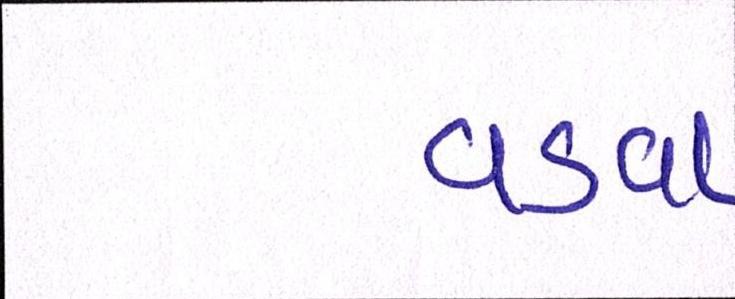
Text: વડવા